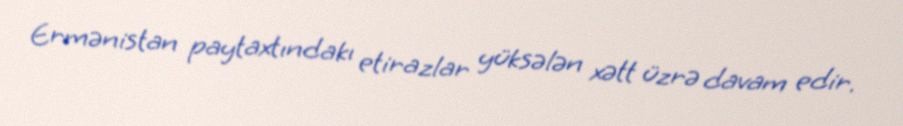
Ermənistan paytaxtındakı etirazlar yüksələn xətt üzrə davam edir.